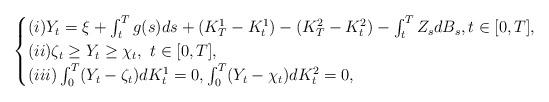
LaTeX: \begin{align*} \begin{cases} (i) Y_t = \xi +\int_t^T g(s)ds + (K^1_T - K^1_t)-(K^2_T-K^2_t)-\int_t^T Z_s dB_s, t \in [0,T],\\ (ii) \zeta_t \geq Y_{t}\geq \chi_t, \,\, t \in [0,T], \\ (iii) \int_0^T (Y_{t}-\zeta_t)dK^1_t = 0, \int_0^T (Y_{t}-\chi_t)dK^2_t = 0, \end{cases}\end{align*}